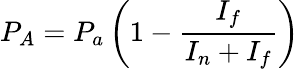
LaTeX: P_{A}=P_{a}\left(1-\frac{I_{f}}{I_{n}+I_{f}}\right)